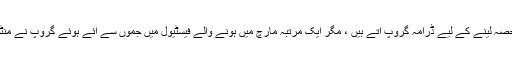
یوں تو ’’کردار آرٹ اکیڈمی ‘‘ کے ڈرامہ فیسٹیول میں ملک کی مختلف ریاستوں سے حصہ لینے کے لیے ڈرامہ گروپ آتے ہیں ، مگر ایک مرتبہ مارچ میں ہونے والے فیسٹیول میں جموں سے آئے ہوئے گروپ نے منٹو کی کہانی ’’ کھول دو ‘‘ کو ڈرامائی شکل میں پیش کر کے داد و تحسین وصول کی ۔